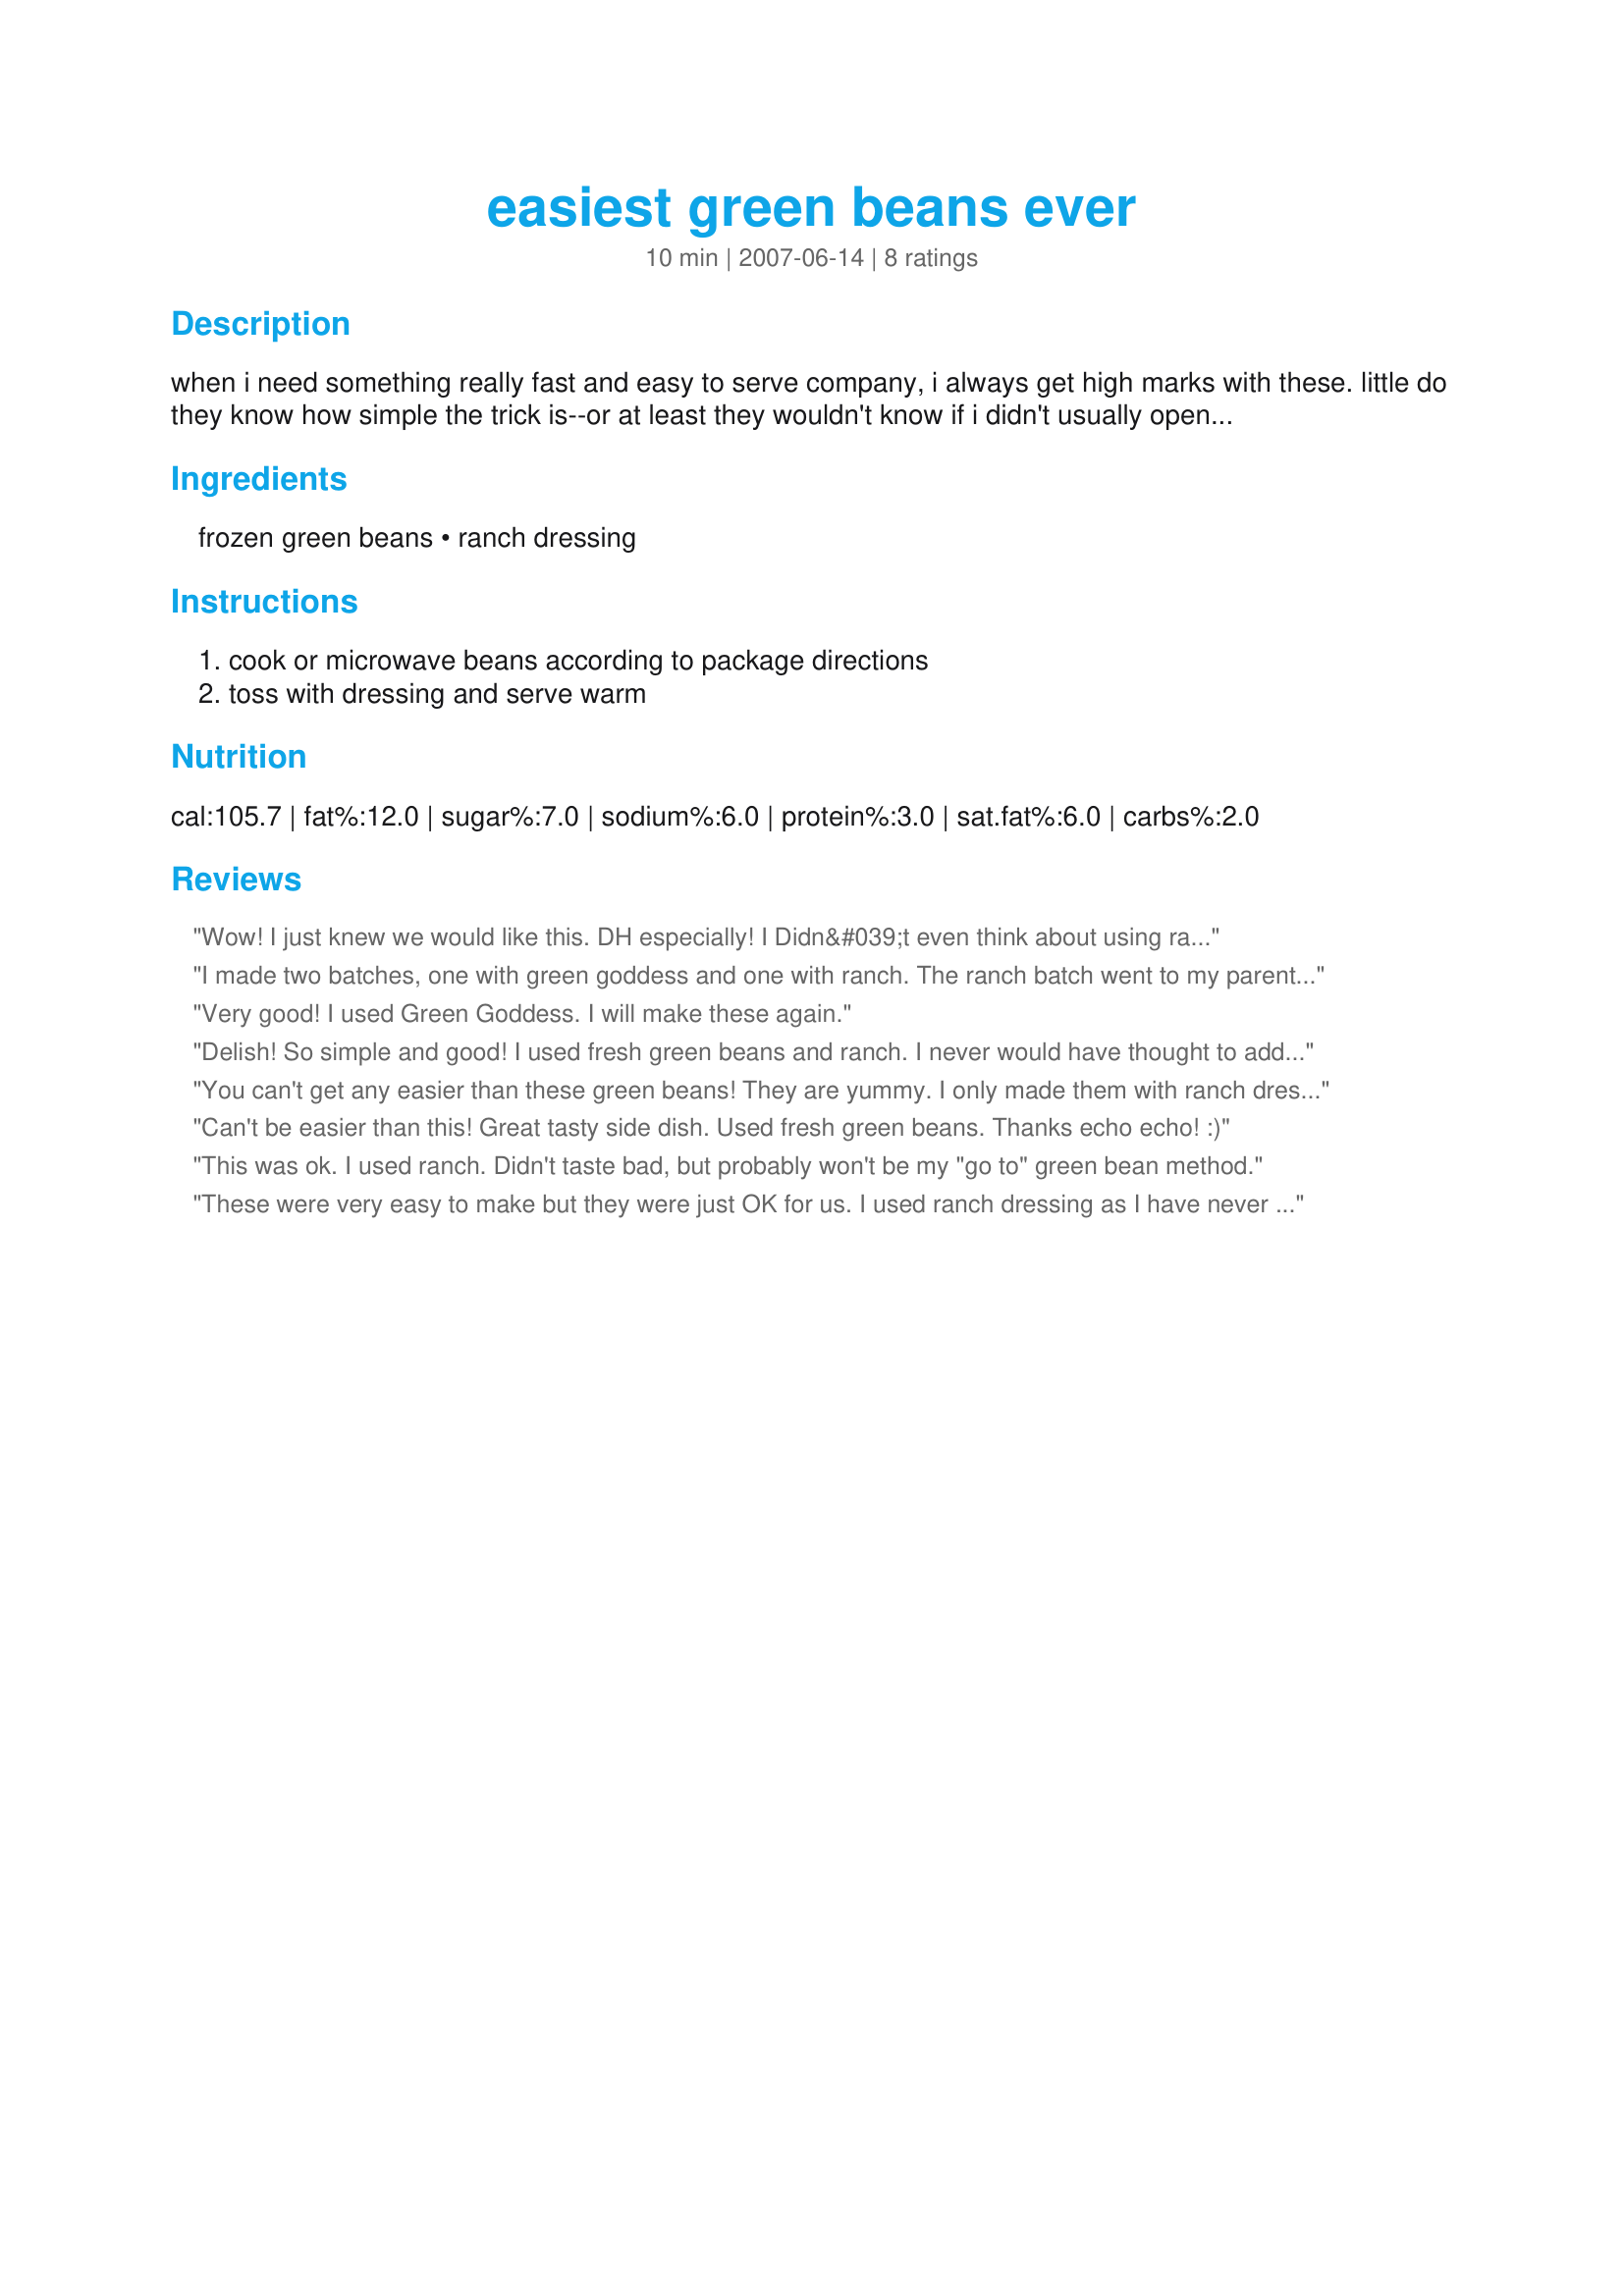
easiest green beans ever
Preparation time: 10 minutes

when i need something really fast and easy to serve company, i always get high marks with these. little do they know how simple the trick is--or at least they wouldn't know if i didn't usually open my big mouth and tell them! of course, you could also make these with fresh beans and they would be even better, but go with frozen if you're in a hurry.

Ingredients:
frozen green beans, ranch dressing

Steps:
cook or microwave beans according to package directions, toss with dressing and serve warm

Reviews:
Wow! I just knew we would like this. DH especially! I Didn&#039;t even think about using ranch dressing. This is a Green Goddess dressing match made in heaven. I make it homemade because I usually have everything that&#039;s in it on hand, and a bottled Green Goddess is not available where we live anyway. Be sure not to over cook your beans! Thanks for an easy delicious recipe!
I made two batches, one with green goddess and one with ranch. The ranch batch went to my parents (my mom was recovering from surgery and I sent them a dinner.) They were both good and very easy. I think I prefer the green goddess. I did use frozen beans (they are whole beans, not chopped). I'm sure they would be even better with fresh beans.
Very good! I used Green Goddess. I will make these again.
Delish! So simple and good! I used fresh green beans and ranch. I never would have thought to add ranch dressing to green beans, but they were very good. Thanks echo!
You can't get any easier than these green beans! They are yummy. I only made them with ranch dressing and I loved them. Thanks so much!
Can't be easier than this! Great tasty side dish. Used fresh green beans. Thanks echo echo! :)
This was ok. I used ranch. Didn't taste bad, but probably won't be my "go to" green bean method.
These were very easy to make but they were just OK for us. I used ranch dressing as I have never heard of green goddess. Made as directed.
